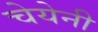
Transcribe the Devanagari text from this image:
चेयेनी